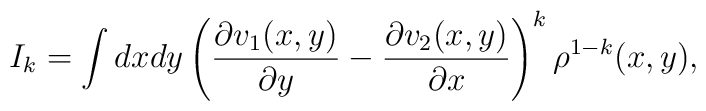
I_k=\int dxdy \left(\frac{\partial v_1(x,y)}{\partial y}-\frac{\partial v_2(x,y)}{\partial x}\right)^k \rho^{1-k}(x,y),